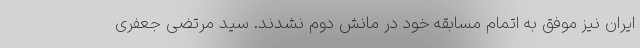
ایران نیز موفق به اتمام مسابقه خود در مانش دوم نشدند. سید مرتضی جعفری